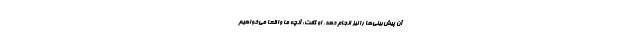
آن پیش‌بینی‌ها را نیز انجام دهد. او گفت: آنچه ما واقعا می‌خواهیم